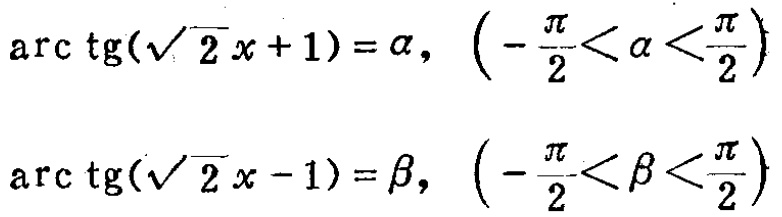
\(\arctan(\sqrt{2}x + 1)=\alpha, \left(-\frac{\pi}{2}<\alpha<\frac{\pi}{2}\right)\)
\(\arctan(\sqrt{2}x - 1)=\beta, \left(-\frac{\pi}{2}<\beta<\frac{\pi}{2}\right)\)